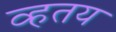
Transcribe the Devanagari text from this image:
व्हतय